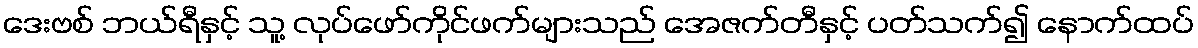
ဒေးဗစ် ဘယ်ရီနှင့် သူ့ လုပ်ဖော်ကိုင်ဖက်များသည် အေဇက်တီနှင့် ပတ်သက်၍ နောက်ထပ်